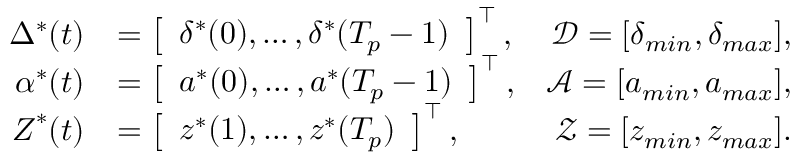
\begin{array} { r l r } { \boldsymbol { \Delta ^ { \ast } } ( t ) } & { = \left[ \begin{array} { l } { \delta ^ { \ast } ( 0 ) , \ldots , \delta ^ { \ast } ( T _ { p } - 1 ) } \end{array} \right] ^ { \top } , } & { \mathcal { D } = [ \delta _ { m i n } , \delta _ { m a x } ] , } \\ { \boldsymbol { \alpha ^ { \ast } } ( t ) } & { = \left[ \begin{array} { l } { a ^ { \ast } ( 0 ) , \ldots , a ^ { \ast } ( T _ { p } - 1 ) } \end{array} \right] ^ { \top } , } & { \mathcal { A } = [ a _ { m i n } , a _ { m a x } ] , } \\ { \boldsymbol { Z } ^ { \ast } ( t ) } & { = \left[ \begin{array} { l } { z ^ { \ast } ( 1 ) , \ldots , z ^ { \ast } ( T _ { p } ) } \end{array} \right] ^ { \top } , } & { \mathcal { Z } = [ z _ { m i n } , z _ { m a x } ] . } \end{array}